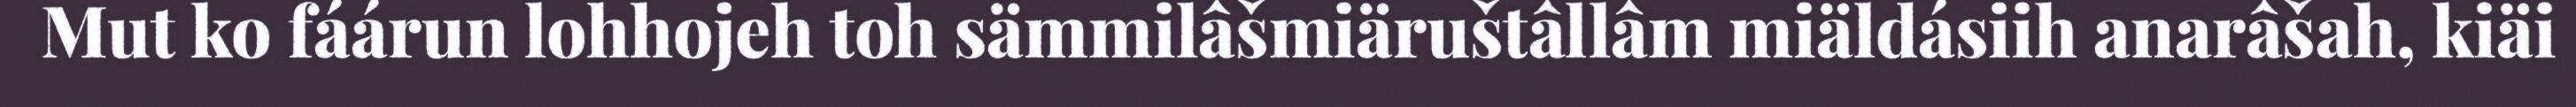
Mut ko fáárun lohhojeh toh sämmilâšmiäruštâllâm miäldásiih anarâšah, kiäi